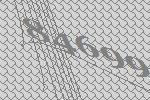
84699